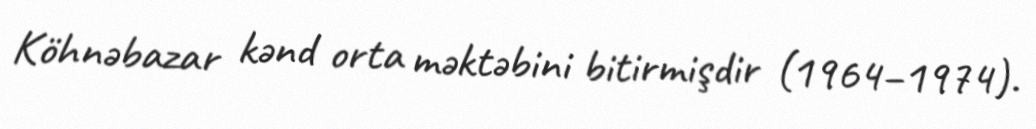
Köhnəbazar kənd orta məktəbini bitirmişdir (1964–1974).